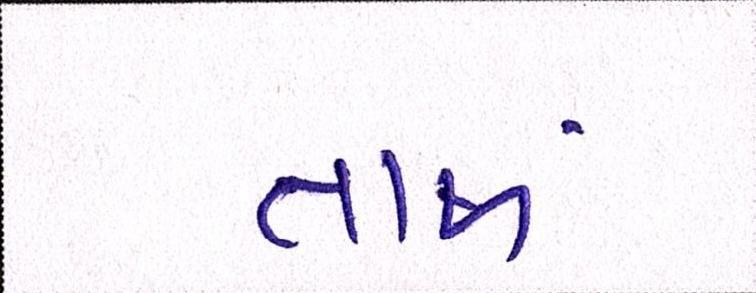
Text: તાજાં